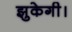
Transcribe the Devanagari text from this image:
झुकेगी।